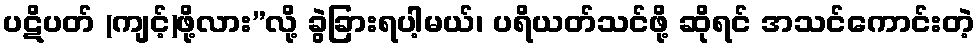
ပဋိပတ် (ကျင့်)ဖို့လား”လို့ ခွဲခြားရပါ့မယ်၊ ပရိယတ်သင်ဖို့ ဆိုရင် အသင်ကောင်းတဲ့